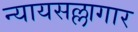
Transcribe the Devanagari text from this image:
न्यायसल्लागार